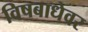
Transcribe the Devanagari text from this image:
विषबाधेवर